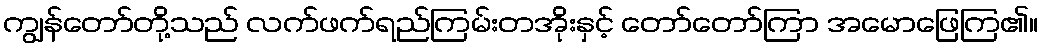
ကျွန်တော်တို့သည် လက်ဖက်ရည်ကြမ်းတအိုးနှင့် တော်တော်ကြာ အမောဖြေကြ၏။